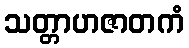
သတ္တာဟဇာတကံ